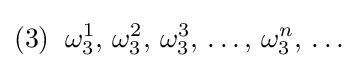
(3)\;\;\omega _{3}^{1},\,\omega _{3}^{2},\,\omega _{3}^{3},\,\ldots ,\,\omega _{3}^{n},\,\ldots